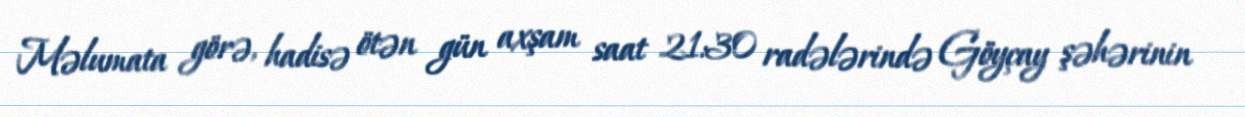
Məlumata görə, hadisə ötən gün axşam saat 21:30 radələrində Göyçay şəhərinin